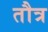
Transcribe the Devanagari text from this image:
तौत्र